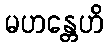
မဟန္တေဟိ